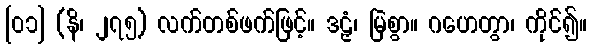
[၀၁] (နိ၊ ၂၇၅) လက်တစ်ဖက်ဖြင့်။ ဒဠှံ၊ မြဲစွာ။ ဂဟေတွာ၊ ကိုင်၍။